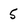
Character: 5